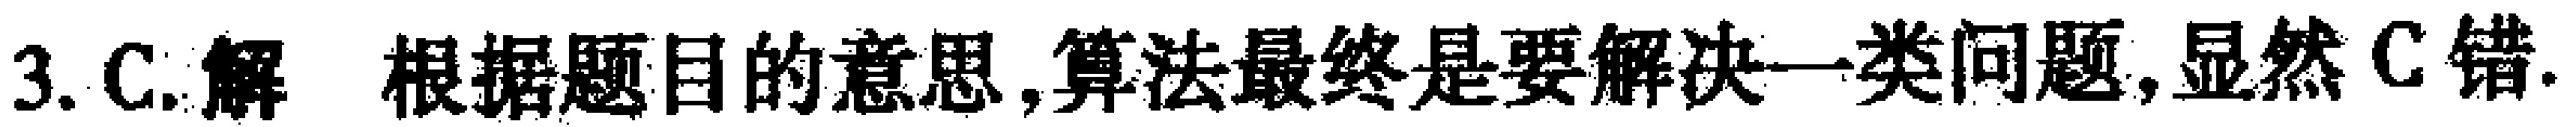
3. C. 解 根据题目的意思,算法最终是要解决一类问题,显然C错.